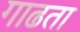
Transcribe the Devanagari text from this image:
गाढता